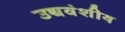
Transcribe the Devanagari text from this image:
उच्चवंशीय